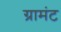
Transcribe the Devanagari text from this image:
ग्रामंट